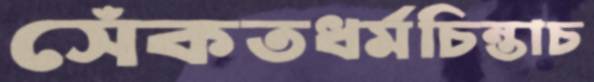
সেঁকতধর্মচিন্তাচ